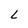
Character: L